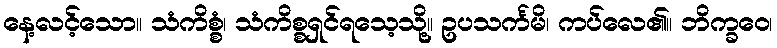
နေ့လင့်သော။ သံကိစ္စံ၊ သံကိစ္စရှင်ရသေ့သို့။ ဥပသင်္ကမိ၊ ကပ်လေ၏။ ဘိက္ခဝေ၊